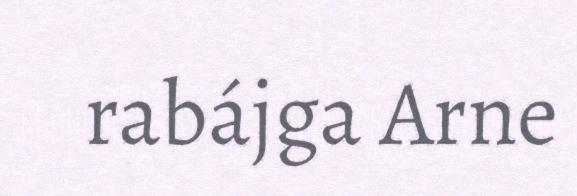
rabájga Arne